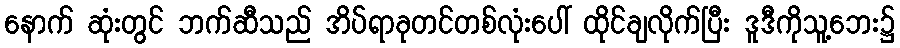
နောက် ဆုံးတွင် ဘက်ဆီသည် အိပ်ရာခုတင်တစ်လုံးပေါ် ထိုင်ချလိုက်ပြီး ဒူဒီကိုသူ့ဘေး၌